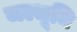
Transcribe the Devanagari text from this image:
जल्भूमि